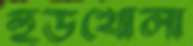
হুডখোলা